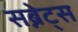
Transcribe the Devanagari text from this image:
सब्नेट्स